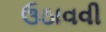
ઉઠાવવી